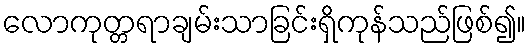
လောကုတ္တရာချမ်းသာခြင်းရှိကုန်သည်ဖြစ်၍။